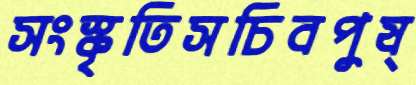
সংস্কৃতিসচিবপুষ্